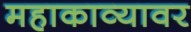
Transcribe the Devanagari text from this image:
महाकाव्यावर